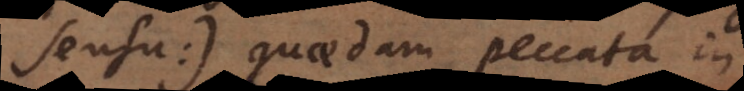
sensu:) quaedam peccata in